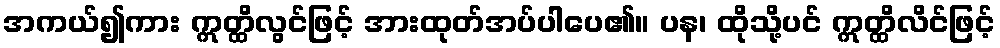
အကယ်၍ကား ဣတ္ထိလွင်ဖြင့် အားထုတ်အပ်ပါပေ၏။ ပန၊ ထိုသို့ပင် ဣတ္ထိလိင်ဖြင့်